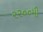
૨૨૦૦મી